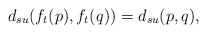
\begin{align*} d_{su}(f_t(p),f_t(q)) = d_{su}(p,q),\end{align*}